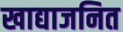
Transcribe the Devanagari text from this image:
खाद्याजनित